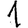
Digit: 1